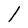
Character: l